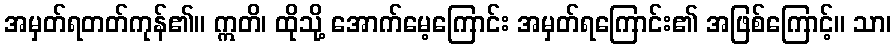
အမှတ်ရတတ်ကုန်၏။ ဣတိ၊ ထိုသို့ အောက်မေ့ကြောင်း အမှတ်ရကြောင်း၏ အဖြစ်ကြောင့်။ သာ၊